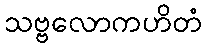
သဗ္ဗလောကဟိတံ